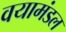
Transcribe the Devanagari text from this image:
वयामंडल